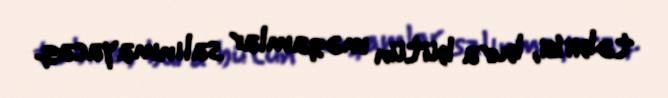
təbii ki, bura bütün məqamlar salınmayacaq.